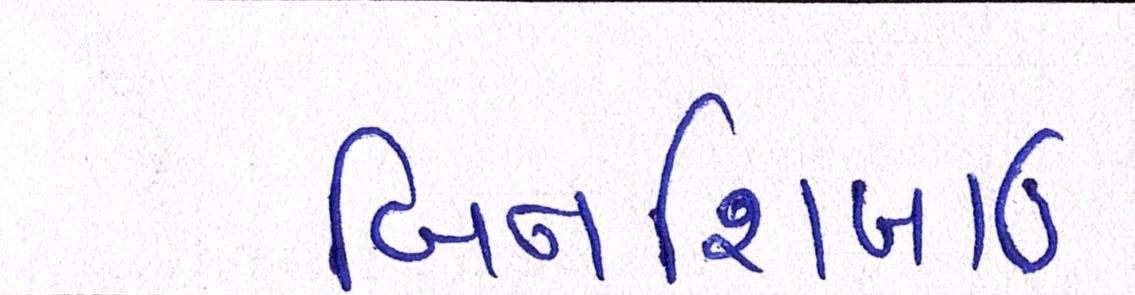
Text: બિનશિખાઉ